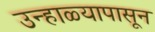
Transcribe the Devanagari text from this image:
उन्हाळ्यापासून